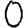
Digit: 0